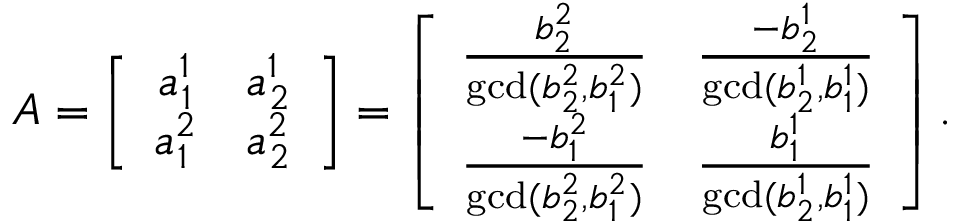
A = \left[ \begin{array} { c c } { a _ { 1 } ^ { 1 } } & { a _ { 2 } ^ { 1 } } \\ { a _ { 1 } ^ { 2 } } & { a _ { 2 } ^ { 2 } } \end{array} \right] = \left[ \begin{array} { c c } { \frac { b _ { 2 } ^ { 2 } } { \operatorname* { g c d } ( b _ { 2 } ^ { 2 } , b _ { 1 } ^ { 2 } ) } } & { \frac { - b _ { 2 } ^ { 1 } } { \operatorname* { g c d } ( b _ { 2 } ^ { 1 } , b _ { 1 } ^ { 1 } ) } } \\ { \frac { - b _ { 1 } ^ { 2 } } { \operatorname* { g c d } ( b _ { 2 } ^ { 2 } , b _ { 1 } ^ { 2 } ) } } & { \frac { b _ { 1 } ^ { 1 } } { \operatorname* { g c d } ( b _ { 2 } ^ { 1 } , b _ { 1 } ^ { 1 } ) } } \end{array} \right] .